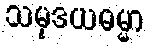
သမုဒယဓမ္မာ